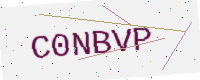
Text: C0NBVP